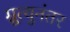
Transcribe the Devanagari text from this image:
म्रूत्यूनंतर